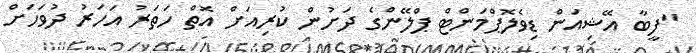
"ފީބާ އޭޝިއަން ޑިވެލޮޕްމަންޓް ޕްލޭންގެ ދަށުން ކުރިއަށް އޮތް ހަތަރު އަހަރު ދުވަހަށް